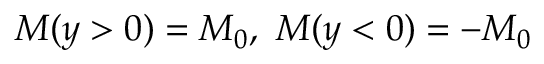
M ( y > 0 ) = M _ { 0 } , ~ M ( y < 0 ) = - M _ { 0 }